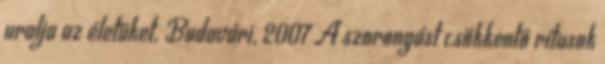
uralja az életüket. Budavári, 2007 A szorongást csökkentő rítusok